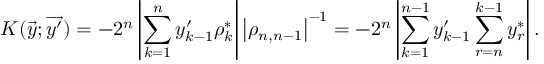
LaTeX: K ( \overrightarrow { y } ; \overrightarrow { y ^ { \prime } } ) = - 2 ^ { n } \left| \sum _ { k = 1 } ^ { n } y _ { k - 1 } ^ { \prime } \rho _ { k } ^ { * } \right| \left| \rho _ { n , n - 1 } \right| ^ { - 1 } = - 2 ^ { n } \left| \sum _ { k = 1 } ^ { n - 1 } y _ { k - 1 } ^ { \prime } \sum _ { r = n } ^ { k - 1 } y _ { r } ^ { * } \right| .